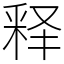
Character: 释